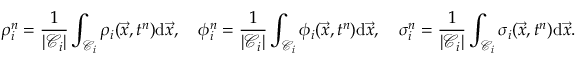
\rho _ { i } ^ { n } = \frac { 1 } { | \mathcal { C } _ { i } | } \int _ { \mathcal { C } _ { i } } \rho _ { i } ( \vec { x } , t ^ { n } ) \mathrm { d } \vec { x } , \quad \phi _ { i } ^ { n } = \frac { 1 } { | \mathcal { C } _ { i } | } \int _ { \mathcal { C } _ { i } } \phi _ { i } ( \vec { x } , t ^ { n } ) \mathrm { d } \vec { x } , \quad \sigma _ { i } ^ { n } = \frac { 1 } { | \mathcal { C } _ { i } | } \int _ { \mathcal { C } _ { i } } \sigma _ { i } ( \vec { x } , t ^ { n } ) \mathrm { d } \vec { x } .